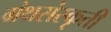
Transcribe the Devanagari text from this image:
ग्रंथसंस्‍कृती